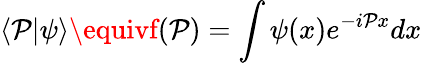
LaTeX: \langle\mathcal{P}|\psi\rangle\equivf(\mathcal{P})=\int\psi(x)e^{-i\mathcal{P}x}dx